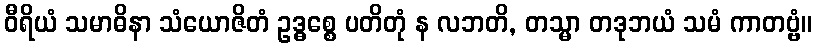
ဝီရိယံ သမာဓိနာ သံယောဇိတံ ဥဒ္ဓစ္စေ ပတိတုံ န လဘတိ, တသ္မာ တဒုဘယံ သမံ ကာတဗ္ဗံ။